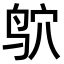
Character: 𫛣